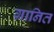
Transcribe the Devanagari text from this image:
ग्रानित